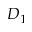
D _ { 1 }